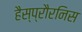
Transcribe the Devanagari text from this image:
हैस्प्रौरनिस